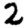
Digit: 2